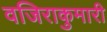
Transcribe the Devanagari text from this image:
वजिराकुमारी